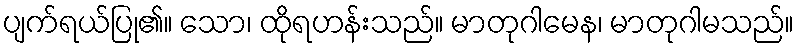
ပျက်ရယ်ပြု၏။ သော၊ ထိုရဟန်းသည်။ မာတုဂါမေန၊ မာတုဂါမသည်။